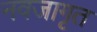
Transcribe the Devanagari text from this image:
नवजागृत